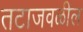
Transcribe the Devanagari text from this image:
तटाजवळील